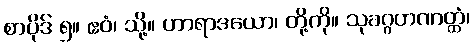
စာပိုဒ် ၅။ ဧဝံ၊ သို့။ ဟာရာဒယော၊ တို့ကို။ သုခဂ္ဂဟဏတ္ထံ၊